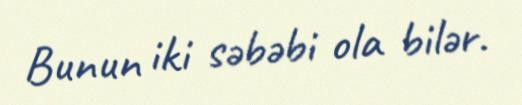
Bunun iki səbəbi ola bilər.